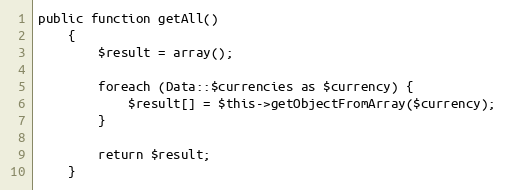
Language: PHP
public function getAll()
    {
        $result = array();

        foreach (Data::$currencies as $currency) {
            $result[] = $this->getObjectFromArray($currency);
        }

        return $result;
    }